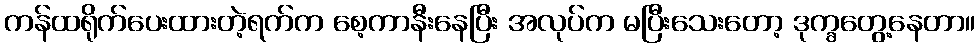
ကန်ထရိုက်ပေးထားတဲ့ရက်က စေ့ကာနီးနေပြီး အလုပ်က မပြီးသေးတော့ ဒုက္ခတွေ့နေတာ။